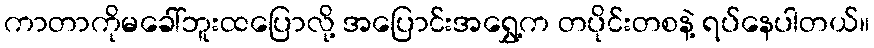
ကာတာကိုမခေါ်ဘူးထပြောလို့ အပြောင်းအရွှေ့က တပိုင်းတစနဲ့ ရပ်နေပါတယ်။